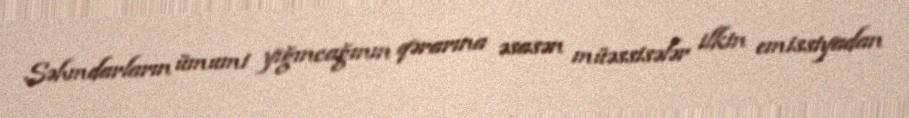
Səhmdarların ümumi yığıncağının qərarına əsasən müəssisələr ilkin emissiyadan